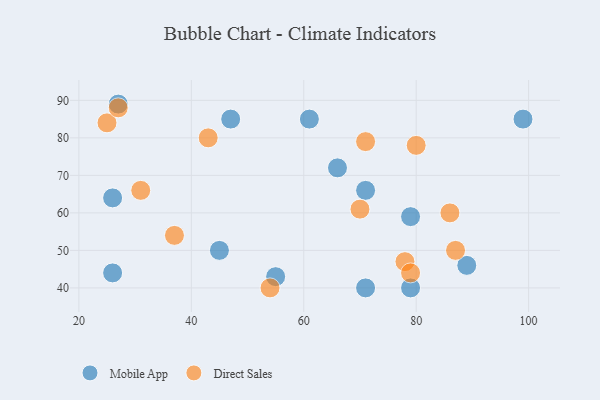
{"axis": {"x": "GDP", "y": "Life Expectancy"}, "legend": ["Direct Sales", "Mobile App"], "data": [{"x": "61", "y": 85, "type": "Mobile App"}, {"x": "27", "y": 89, "type": "Mobile App"}, {"x": "26", "y": 44, "type": "Mobile App"}, {"x": "55", "y": 43, "type": "Mobile App"}, {"x": "79", "y": 59, "type": "Mobile App"}, {"x": "47", "y": 85, "type": "Mobile App"}, {"x": "71", "y": 66, "type": "Mobile App"}, {"x": "45", "y": 50, "type": "Mobile App"}, {"x": "89", "y": 46, "type": "Mobile App"}, {"x": "71", "y": 40, "type": "Mobile App"}, {"x": "99", "y": 85, "type": "Mobile App"}, {"x": "79", "y": 40, "type": "Mobile App"}, {"x": "26", "y": 64, "type": "Mobile App"}, {"x": "66", "y": 72, "type": "Mobile App"}, {"x": "43", "y": 80, "type": "Direct Sales"}, {"x": "37", "y": 54, "type": "Direct Sales"}, {"x": "31", "y": 66, "type": "Direct Sales"}, {"x": "86", "y": 60, "type": "Direct Sales"}, {"x": "25", "y": 84, "type": "Direct Sales"}, {"x": "54", "y": 40, "type": "Direct Sales"}, {"x": "80", "y": 78, "type": "Direct Sales"}, {"x": "27", "y": 88, "type": "Direct Sales"}, {"x": "87", "y": 50, "type": "Direct Sales"}, {"x": "78", "y": 47, "type": "Direct Sales"}, {"x": "71", "y": 79, "type": "Direct Sales"}, {"x": "70", "y": 61, "type": "Direct Sales"}, {"x": "79", "y": 44, "type": "Direct Sales"}]}